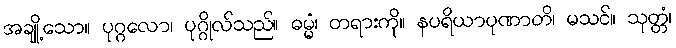
အချို့သော။ ပုဂ္ဂလော၊ ပုဂ္ဂိုလ်သည်။ ဓမ္မံ၊ တရားကို။ နပရိယာပုဏာတိ၊ မသင်။ သုတ္တံ၊